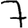
Digit: 7